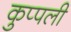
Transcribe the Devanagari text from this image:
कुप्पली